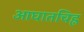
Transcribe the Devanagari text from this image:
आघातचिह्र